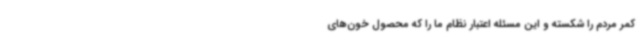
کمر مردم را شکسته و این مسئله اعتبار نظام ما را که محصول خون‌های